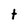
Character: t